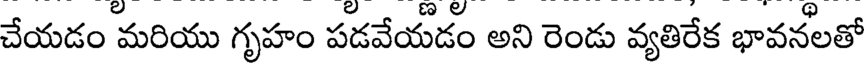
చేయడం మరియు గృహం పడవేయడం అని రెండు వ్యతిరేక భావనలతో